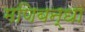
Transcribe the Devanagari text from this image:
मणिबन्धा